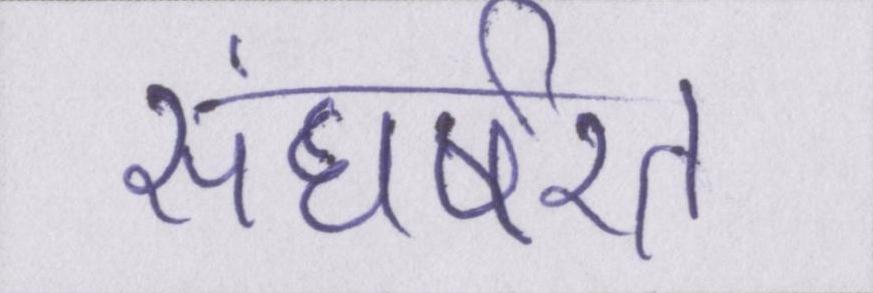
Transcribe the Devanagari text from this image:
संघर्षरत